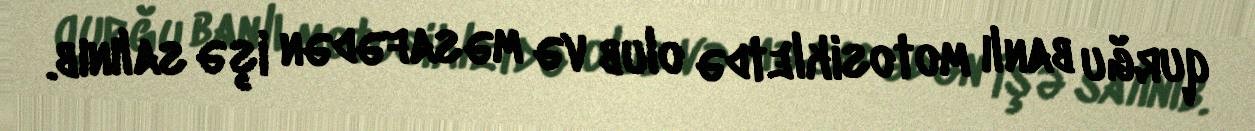
qurğu banlı motosikletdə olub və məsafədən işə salınıb.